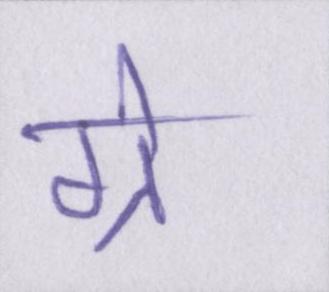
ग्रे